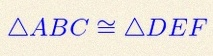
\triangle ABC\cong\triangle DEF